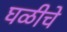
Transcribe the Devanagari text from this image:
घळीचे